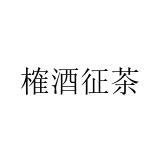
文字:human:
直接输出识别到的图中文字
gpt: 榷酒征茶